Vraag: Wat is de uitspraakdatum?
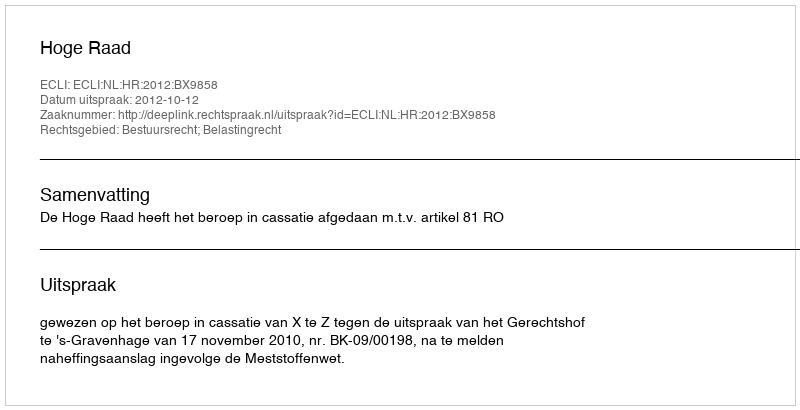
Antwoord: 2012-10-12